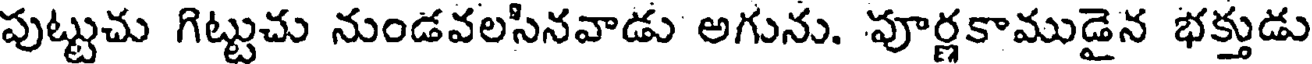
పుట్టుచు గిట్టుచు నుండవలసినవాడు అగును. పూర్ణకాముడైన భక్తుడు